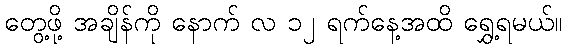
တွေ့ဖို့ အချိန်ကို နောက် လ ၁၂ ရက်နေ့အထိ ရွှေ့ရမယ်။